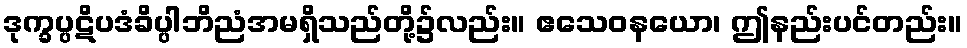
ဒုက္ခပ္ပဋိပဒံခိပ္ပါဘိညံအမရှိသည်တို့၌လည်း။ ဧသေဝနယော၊ ဤနည်းပင်တည်း။